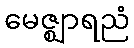
မေဇ္ဈာရညံ